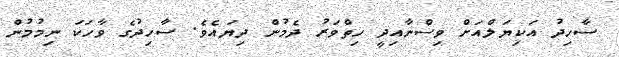
ސާހިދު އަކިޔަލްއަށް ވިސްނާއިދީ ހިތްވަރު ދެމުން ދިޔައެވެ. ސާހިދުގެ ވާހަކަ ނިމުމުން